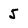
Character: 5